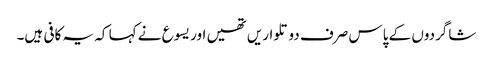
‏ شاگردوں کے پاس صرف دو تلواریں تھیں اور یسوع نے کہا کہ یہ کافی ہیں۔